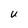
Character: U